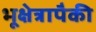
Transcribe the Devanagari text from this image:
भूक्षेत्रापैकी